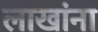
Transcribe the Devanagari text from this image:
लाखांना